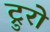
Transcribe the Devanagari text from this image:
ट्रुरो